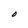
Character: O